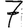
Digit: 7